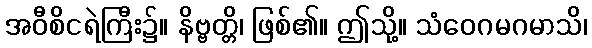
အဝီစိငရဲကြီး၌။ နိဗ္ဗတ္တိ၊ ဖြစ်၏။ ဤသို့။ သံဝေဂမဂမာသိ၊